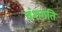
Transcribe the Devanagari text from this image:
वंशगति